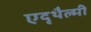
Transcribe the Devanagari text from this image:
एदृथैल्मी